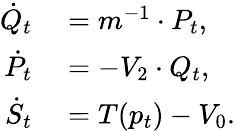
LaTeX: \begin{array}{rl}{\dot{Q}_{t}}&{{}=m^{-1}\cdot P_{t},}\\ {\dot{P}_{t}}&{{}=-V_{2}\cdot Q_{t},}\\ {\dot{S}_{t}}&{{}=T(p_{t})-V_{0}.}\end{array}